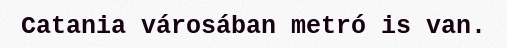
Catania városában metró is van.